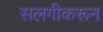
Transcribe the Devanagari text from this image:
सलगीकरून